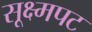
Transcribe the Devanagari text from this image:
सूक्ष्मपट